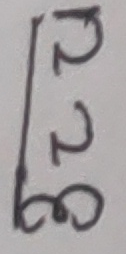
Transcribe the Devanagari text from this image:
२२८